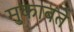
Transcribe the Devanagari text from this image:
मुकाबते